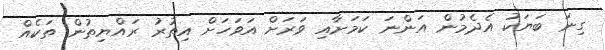
ގިނަ ބަޔަކު އެދެމުން އަންނަ ކަމަށާއި ވަރަށް އަވަހަށް އިތުރު ރައްޔިތުން ތަކެއް